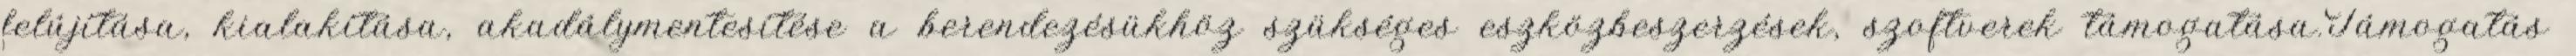
felújítása, kialakítása, akadálymentesítése a berendezésükhöz szükséges eszközbeszerzések, szoftverek támogatása.Támogatás